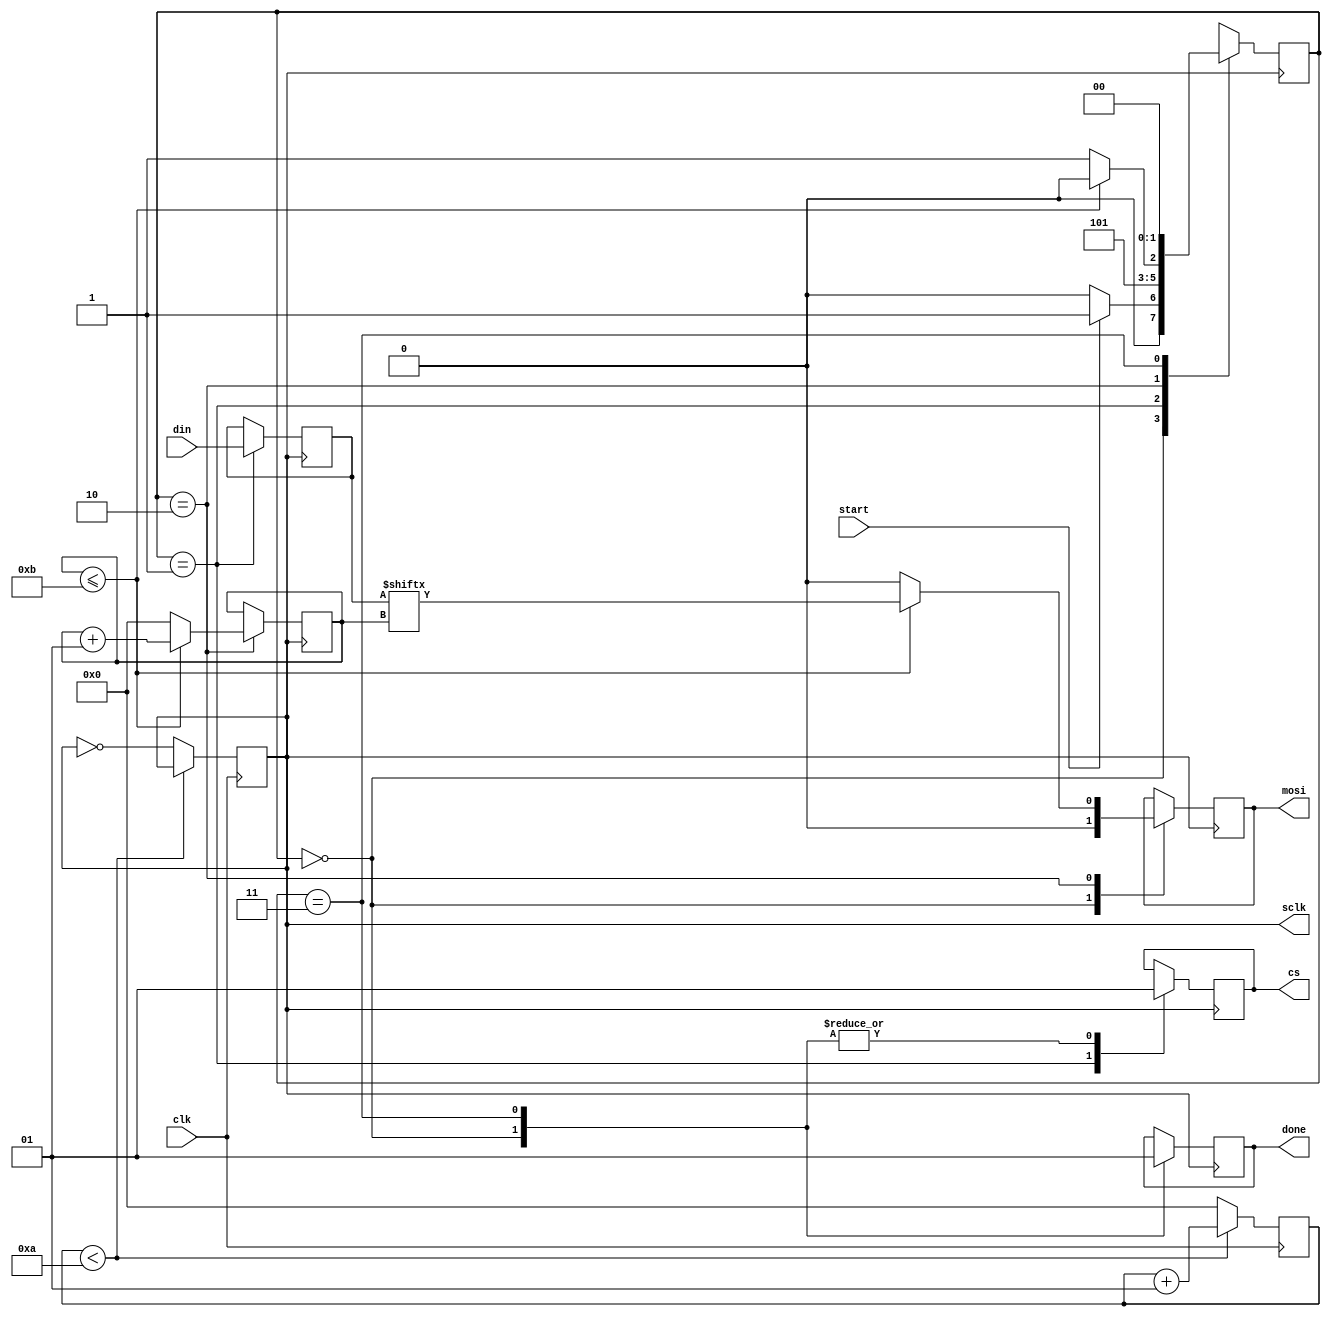
`timescale 1ns / 1ps
module spi_mosi(input clk,start,input [11:0] din,output reg cs,mosi,done,output sclk);
integer count=0; 
reg sclk_temp=0;
always @(posedge clk) begin
if(count<10)
    count=count+1;
else begin
    sclk_temp<=~sclk_temp;
    count<=0;
end
end
parameter idle=0,start_tx=1,send=2,end_tx=3;
reg [1:0] state=idle;
reg [11:0] data_temp;
integer bit_count;
always @(posedge sclk_temp) begin
    case(state)
        idle:begin
            mosi<=0;
            cs<=1; 
            done<=0;
            if(start)
                state<=start_tx;
            else
                state<=idle;
        end
        start_tx: begin
            cs<=0;
            data_temp<=din;
            state<=send;
        end
        send: begin
            if(bit_count<=11) begin
                bit_count<=bit_count+1;
                mosi<=data_temp[bit_count];
                state=send;
            end
            else begin
                bit_count<=0;
                state<=end_tx;
                mosi<=0; 
            end
        end
        end_tx: begin
            cs<=1;
            state<=idle;
            done<=1;
        end
       default:state<=idle;
     endcase       
end
assign sclk=sclk_temp;
endmodule